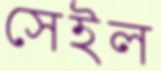
সেইল